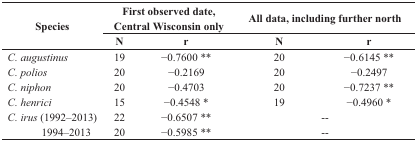
| <ROWSPAN=2> Species | <COLSPAN=2> First observed date, Central Wisconsin only | <COLSPAN=2> All data, including further north |
 | N | r | N | r |
 | --- | --- | --- | --- | --- |
 | C. augustinus | 19 | −0.7600 ** | 20 | −0.6145 ** |
 | C. polios | 20 | −0.2169 | 20 | −0.2497 |
 | C. niphon | 20 | −0.4703 | 20 | −0.7237 ** |
 | C. henrici | 15 | −0.4548 * | 19 | −0.4960 * |
 | C. irus (1992–2013) | 22 | −0.6507 ** | <COLSPAN=2> -- |
 | 1994–2013 | 20 | −0.5985 ** | <COLSPAN=2> -- |